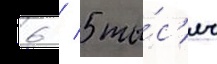
6 / 5 ты́с'яч